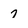
Character: 7